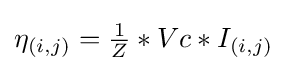
\eta _{(i,j)}={\tfrac {1}{Z}}*Vc*I_{(i,j)}